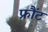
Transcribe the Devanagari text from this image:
फ्रौंट